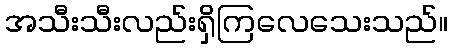
အသီးသီးလည်းရှိကြလေသေးသည်။